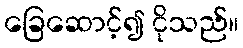
ခြေဆောင့်၍ ငိုသည်။